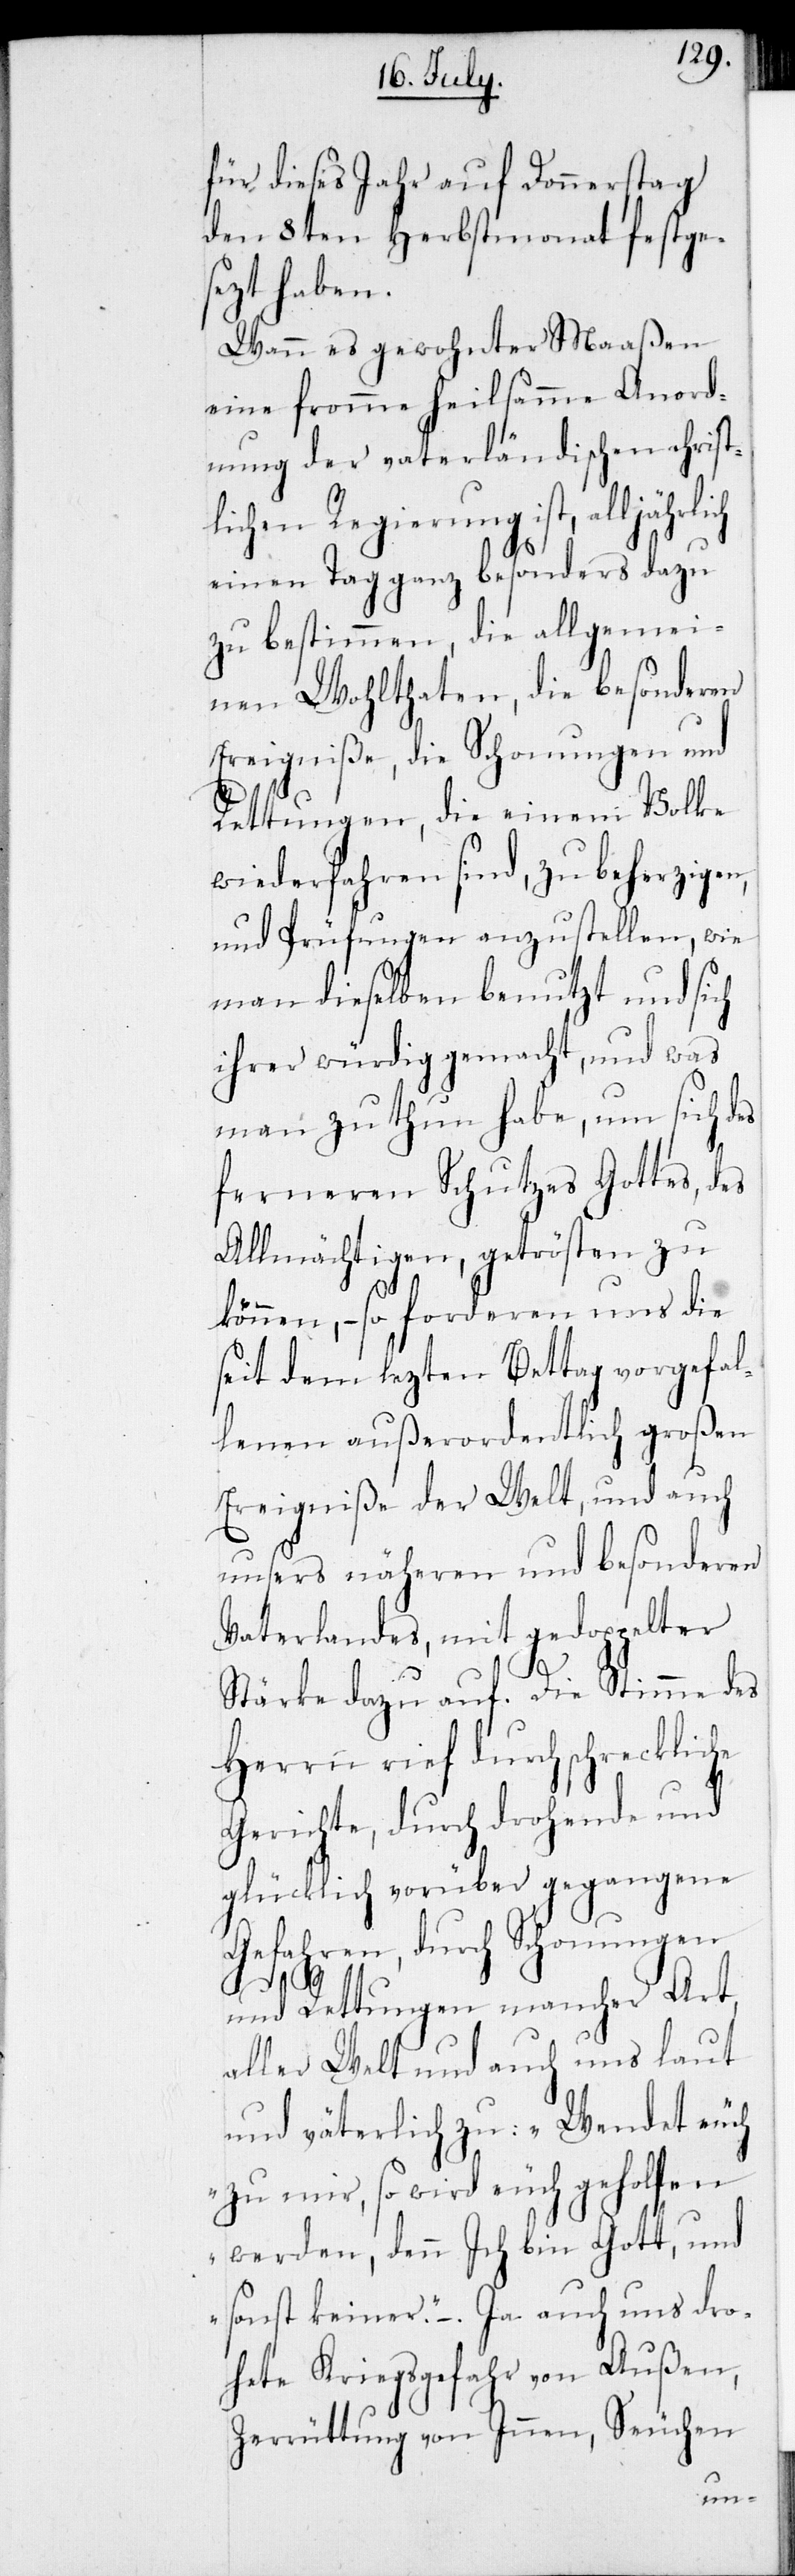
für dieses Jahr auf Donnerstag
den 8ten Herbstmonat festge¬
sezt haben.
Wann es gewohnter Maaßen
eine fromme heilsamme Anord¬
nung der vaterländischen christ¬
lichen Regierung ist,
einen Tag ganz besonders dazu
zu bestimmen, die allgemei¬
nen Wohlthaten, die besonderen
Ereigniße, die Schonungen und
Rettungen, die einem Volke
wiederfahren sind, zu beherzigen,
und Prüfungen anzustellen, wie
man dieselben benutzt und sich
ihrer würdig gemacht, und was
man zu thun habe, um sich des
ferneren Schutzes Gottes, des
Allmächtigen, getrösten zu
können, – so forderen uns die
seit dem lezten Bettag vorgefal¬
lenen außerordentlich großen
Ereigniße der Welt, und auch
unsers näheren und besonderen
Vaterlandes, mit gedoppelter
Stärke dazu auf. Die Stimme des
Herrn rief durch schreckliche
Gerichte, durch drohende und
glücklich vorüber gegangene
Gefahren, durch Schonungen
und Rettungen mancher Art,
aller Welt und auch uns laut
und väterlich zu: „Wendet euch
zu mir, so wird euch geholfen
werden, denn Ich bin Gott, und
sonst keiner.“ – Ja auch uns dro¬
hete Kriegsgefahr von Außen,
Zerrüttung von Innen, Seuchen